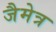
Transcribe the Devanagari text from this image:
जैमेत्र